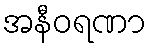
အနီဝရဏာ